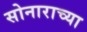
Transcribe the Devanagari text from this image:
सोनाराच्या